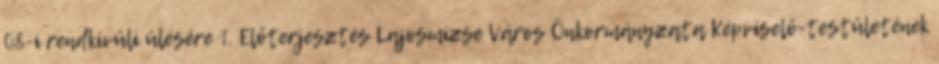
08-i rendkívüli ülésére 1. Előterjesztés Lajosmizse Város Önkormányzata Képviselő-testületének